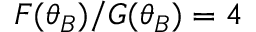
F ( \theta _ { B } ) / G ( \theta _ { B } ) = 4